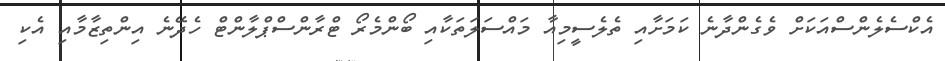
އެކްސެލެންސްއަކަށް ވެގެންދާނެ ކަމަށާއި ތެލެސީމިއާ މައްސަލަތަކާއި ބޯންމެރޯ ޓްރާންސްޕްލާންޓް ހެދޭނެ އިންތިޒާމާއި އެކި